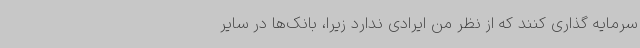
سرمایه گذاری کنند که از نظر من ایرادی ندارد زیرا، بانک‌ها در سایر